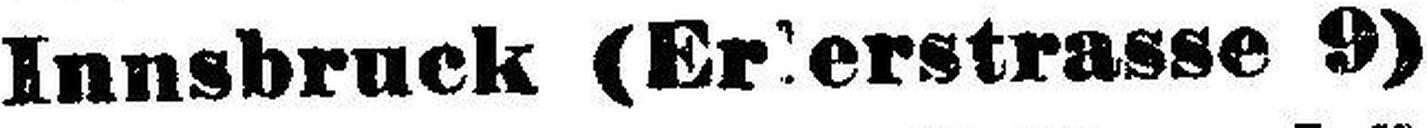
Innsbruck (Erberstrasse 9)